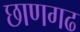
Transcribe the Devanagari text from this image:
छाणगढ